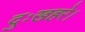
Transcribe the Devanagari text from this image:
दुःखहरे।